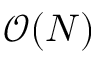
\mathcal { O } ( N )